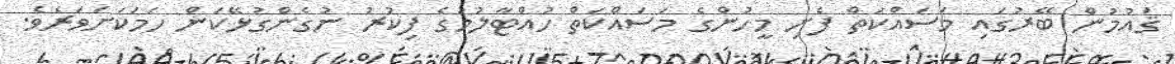
ޤައުމުން ބޭރުގައި މަސައްކަތް ފެށި މީހުންގެ މަސައްކަތް ހުއްޓާލުމުގެ ފިކުރު ނުގެންގުޅޭކަން ހަމަކަށަވަރެވެ.